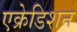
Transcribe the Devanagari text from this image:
एक्रेडिशन